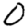
Digit: 0